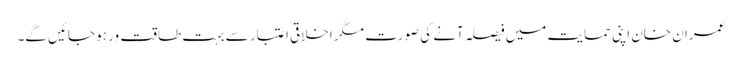
عمران خان اپنی حمایت میں فیصلہ آنے کی صورت مگر اخلاقی اعتبار سے بہت طاقت ور ہو جائیں گے۔